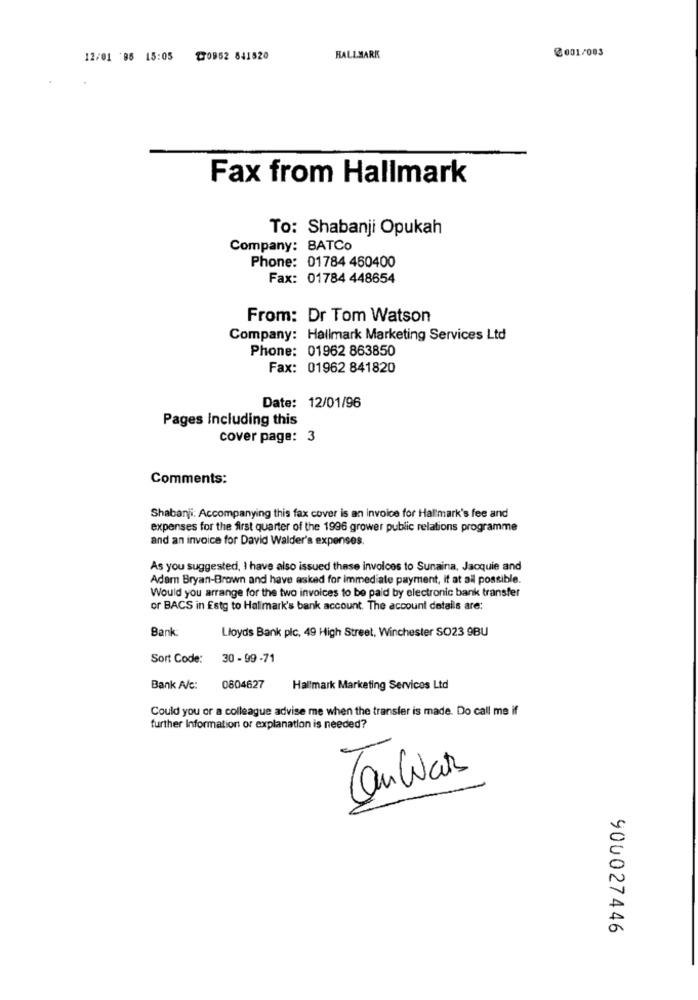
@ 001/003
12/01 88 15:05 ℃0952 841520
HALLMARK
Fax from Hallmark
To: Shabanji Opukah
Company: BATCo
Phone: 01784 460400
Fax: 01784 448654
From: Dr Tom Watson
Company: Hallmark Marketing Services Ltd
Phone: 01962 863850
Fax: 01962 841820
Date: 12/01/96
Pages Including this
cover page: 3
Comments:
Shabanji: Accompanying this fax cover is an invoice for Hallmark's fee and
expenses for the first quarter of the 1996 grower public relations programme
and an invoice for David Walder's expenses.
As you suggested, I have also issued these invoices to Sunaina, Jacquie and
Adam Bryan-Brown and have asked for immediate payment, it at ail possible.
Would you arrange for the two invoices to be paid by electronic bank transfer
or BACS in Estg to Halimark's bank account. The account details are:
Bank
Lloyds Bank plc, 49 High Street, Winchester SO23 9BU
Sort Code:
30 - 99 -71
Bank A/c:
0804627
Hallmark Marketing Services Ltd
Could you or a colleague advise me when the transfer is made. Do call me if
further Information or explanation is needed?
Tanwar
900027446